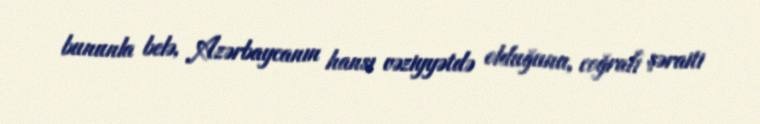
bununla belə, Azərbaycanın hansı vəziyyətdə olduğunu, coğrafi şəraiti